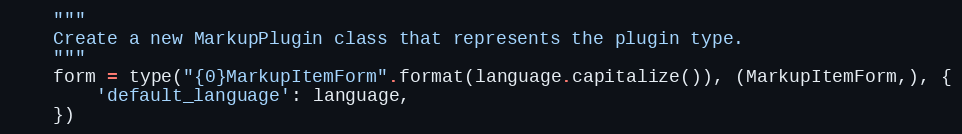
Language: Python
    """
    Create a new MarkupPlugin class that represents the plugin type.
    """
    form = type("{0}MarkupItemForm".format(language.capitalize()), (MarkupItemForm,), {
        'default_language': language,
    })